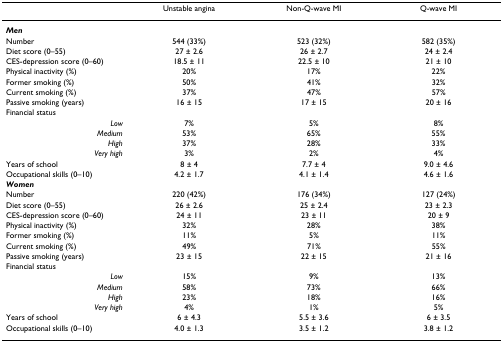
<table><thead><tr><td></td><td><b>Unstable angina</b></td><td><b>Non-Q-wave MI</b></td><td><b>Q-wave MI</b></td></tr></thead><tbody><tr><td><b><i>Men</i></b></td><td></td><td></td><td></td></tr><tr><td>Number</td><td>544 (33%)</td><td>523 (32%)</td><td>582 (35%)</td></tr><tr><td>Diet score (0–55)</td><td>27 ± 2.6</td><td>26 ± 2.7</td><td>24 ± 2.4</td></tr><tr><td>CES-depression score (0–60)</td><td>18.5 ± 11</td><td>22.5 ± 10</td><td>21 ± 10</td></tr><tr><td>Physical inactivity (%)</td><td>20%</td><td>17%</td><td>22%</td></tr><tr><td>Former smoking (%)</td><td>50%</td><td>41%</td><td>32%</td></tr><tr><td>Current smoking (%)</td><td>37%</td><td>47%</td><td>57%</td></tr><tr><td>Passive smoking (years)</td><td>16 ± 15</td><td>17 ± 15</td><td>20 ± 16</td></tr><tr><td>Financial status</td><td></td><td></td><td></td></tr><tr><td><i>Low</i></td><td>7%</td><td>5%</td><td>8%</td></tr><tr><td><i>Medium</i></td><td>53%</td><td>65%</td><td>55%</td></tr><tr><td><i>High</i></td><td>37%</td><td>28%</td><td>33%</td></tr><tr><td><i>Very high</i></td><td>3%</td><td>2%</td><td>4%</td></tr><tr><td>Years of school</td><td>8 ± 4</td><td>7.7 ± 4</td><td>9.0 ± 4.6</td></tr><tr><td>Occupational skills (0–10)</td><td>4.2 ± 1.7</td><td>4.1 ± 1.4</td><td>4.6 ± 1.6</td></tr><tr><td><b><i>Women</i></b></td><td></td><td></td><td></td></tr><tr><td>Number</td><td>220 (42%)</td><td>176 (34%)</td><td>127 (24%)</td></tr><tr><td>Diet score (0–55)</td><td>26 ± 2.6</td><td>25 ± 2.4</td><td>23 ± 2.3</td></tr><tr><td>CES-depression score (0–60)</td><td>24 ± 11</td><td>23 ± 11</td><td>20 ± 9</td></tr><tr><td>Physical inactivity (%)</td><td>32%</td><td>28%</td><td>38%</td></tr><tr><td>Former smoking (%)</td><td>11%</td><td>5%</td><td>11%</td></tr><tr><td>Current smoking (%)</td><td>49%</td><td>71%</td><td>55%</td></tr><tr><td>Passive smoking (years)</td><td>23 ± 15</td><td>22 ± 15</td><td>21 ± 16</td></tr><tr><td>Financial status</td><td></td><td></td><td></td></tr><tr><td><i>Low</i></td><td>15%</td><td>9%</td><td>13%</td></tr><tr><td><i>Medium</i></td><td>58%</td><td>73%</td><td>66%</td></tr><tr><td><i>High</i></td><td>23%</td><td>18%</td><td>16%</td></tr><tr><td><i>Very high</i></td><td>4%</td><td>1%</td><td>5%</td></tr><tr><td>Years of school</td><td>6 ± 4.3</td><td>5.5 ± 3.6</td><td>6 ± 3.5</td></tr><tr><td>Occupational skills (0–10)</td><td>4.0 ± 1.3</td><td>3.5 ± 1.2</td><td>3.8 ± 1.2</td></tr></tbody></table>